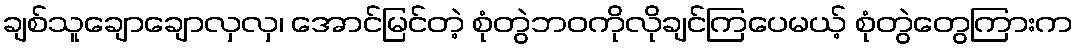
ချစ်သူချောချောလှလှ၊ အောင်မြင်တဲ့ စုံတွဲဘဝကိုလိုချင်ကြပေမယ့် စုံတွဲတွေကြားက